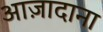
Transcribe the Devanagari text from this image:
आज़ादाना